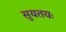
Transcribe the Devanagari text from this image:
सुयतयः